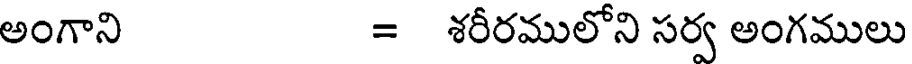
అంగాని = శరీరములోని సర్వ అంగములు